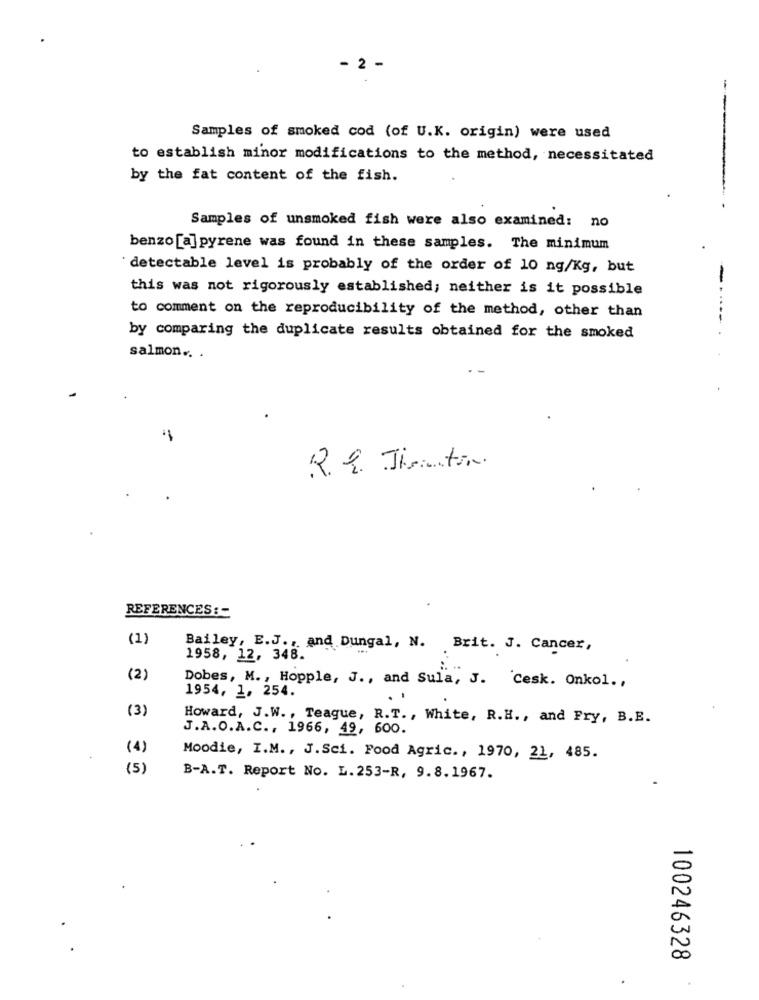
- 2 -
Samples of smoked cod (of U.K. origin) were used
to establish minor modifications to the method, necessitated
by the fat content of the fish.
Samples of unsmoked fish were also examined: no
benzo [a] pyrene was found in these samples. The minimum
'detectable level is probably of the order of 10 ng/Kg, but
this was not rigorously established; neither is it possible
to comment on the reproducibility of the method, other than
by comparing the duplicate results obtained for the smoked
-....-.
salmon .. .
1.
REFERENCES : -
(1)
Bailey, E.J ., and Dungal, N. Brit. J. Cancer,
1958, 12, 348.
(2)
Dobes, M ., Hopple, J ., and Sula, J. Cesk. Onkol .,
1954, 1, 254.
(3)
Howard, J.W ., Teague, R.T ., White, R.H ., and Fry, B.E.
J.A.O.A.C ., 1966, 49, 600.
(4)
Moodie, I.M ., J.Sci. Food Agric ., 1970, 21, 485.
(5)
B-A.T. Report No. L. 253-R, 9.8.1967.
100246328